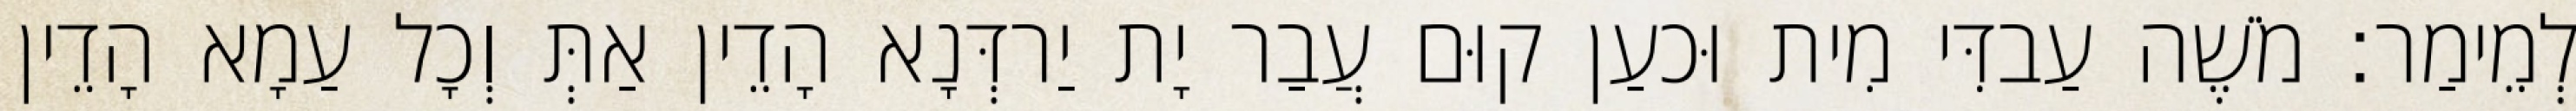
לְמֵימַר׃ מֹשֶׁה עַבדִּי מִית וּכעַן קוּם עֲבַר יָת יַרדְּנָא הָדֵין אַתְּ וְכָל עַמָא הָדֵין